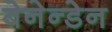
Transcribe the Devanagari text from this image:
बेनेन्डेन